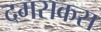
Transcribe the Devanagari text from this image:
दमसकस